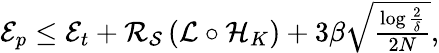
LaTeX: \begin{array}{r}{{\cal{E}}_{p}\le{\cal{E}}_{t}+{\cal{R}_{{\cal{S}}}}\left({\cal{L}}\circ{{\cal{H}}_{K}}\right)+3\beta\sqrt{\frac{\log\frac{2}{\delta}}{2N}},}\end{array}